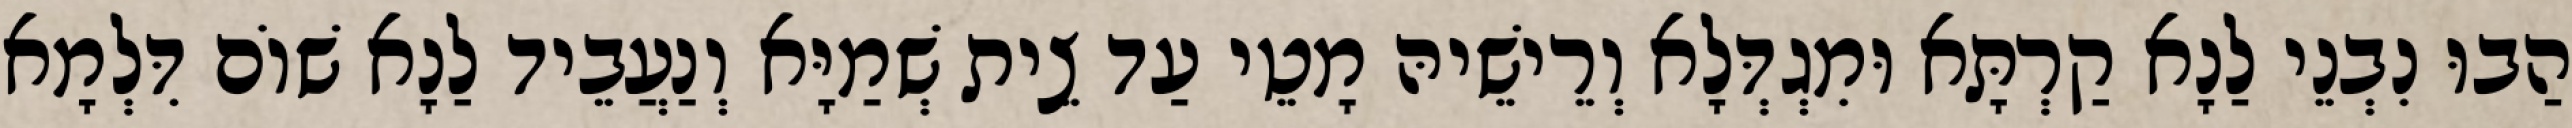
הַבוּ נִבְנֵי לַנָא קַרְתָּא וּמִגְדְּלָא וְרֵישֵׁיהּ מָטֵי עַד צֵית שְׁמַיָּא וְנַעֲבֵיד לַנָא שׁוֹם דִּלְמָא